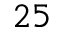
2 5